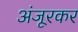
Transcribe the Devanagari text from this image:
अंजूरकर